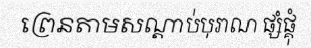
ព្រេនតាមសណ្តាប់បុរាណ ផ្សំផ្គុំ